Civil Veterinary Dept. North-West Frontier Province 1933-46 - 1933-1946
Year: 1933
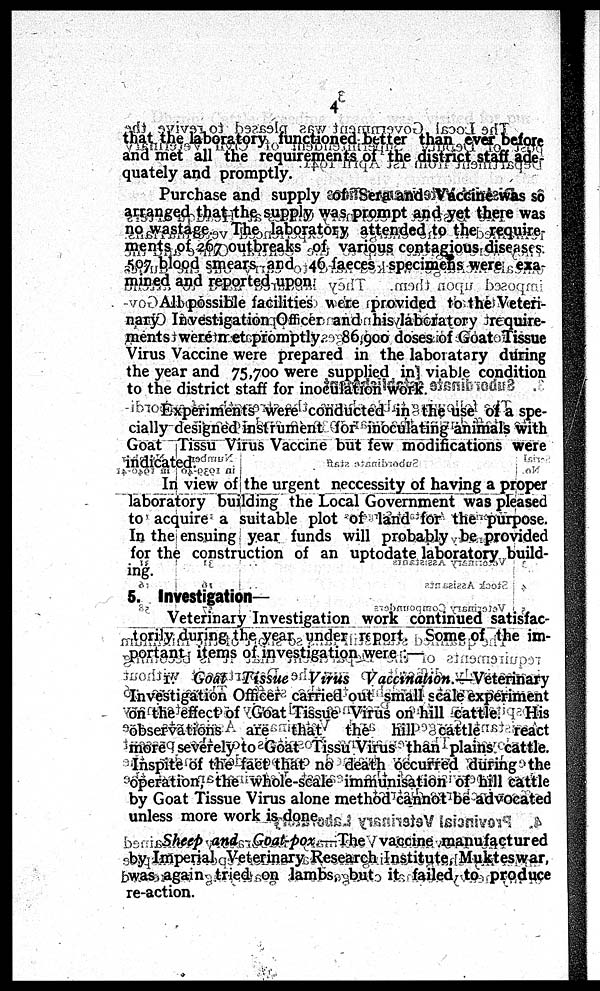
4
that the laboratory functioned better than ever before
and met all the requirements of the district staff ade-
quately and promptly.
Purchase and supply of Sera and Vaccine was so
arranged that the supply was prompt and yet there was
no wastage. The laboratory attended to the require-
ments of 267 outbreaks of various contagious diseases.
507 blood smears and 46 faeces specimens were exa-
mined and reported upon.
All possible facilities were provided to the Veteri-
nary Investigation Officer and his laboratory require-
ments were net promptly. 86,900 doses of Goat Tissue
Virus Vaccine were prepared in the laboratary during
the year and 75,700 were supplied in viable condition
to the district staff for inoculation work.
Experiments were conducted in the use of a spe-
cially designed instrument for inoculating animals with
Goat Tissu Virus Vaccine but few modifications were
indicated.
In view of the urgent neccessity of having a proper
laboratory building the Local Government was pleased
to acquire a suitable plot of land for the purpose.
In the ensuing year funds will probably be provided
for the construction of an uptodate laboratory build-
ing.
5. Investigation—
Veterinary Investigation work continued satisfac-
torily during the year under report. Some of the im-
portant items of investigation were :—
1. Goat Tissue Virus
Vaccination.—Veterinary
Investigation Officer carried out small scale experiment
on the effect of Goat Tissue Virus on hill cattle.
His
observations
are that
the hill cattle
react
more severely to Goat Tissu Virus than plains cattle.
Inspite of the fact that no death occurred during the
operation, the whole-scale immunisation of hill cattle
by Goat Tissue Virus alone method cannot be advocated
unless more work is done.
Sheep and Goat-pox.—The vaccine manufactured
by Imperial Veterinary Research Institute, Mukteswar,
was again tried on lambs, but it failed to produce
re-action.